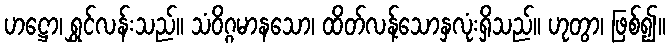
ဟဋ္ဌော၊ ရွှင်လန်းသည်။ သံဝိဂ္ဂမာနသော၊ ထိတ်လန့်သောနှလုံးရှိသည်။ ဟုတွာ၊ ဖြစ်၍။